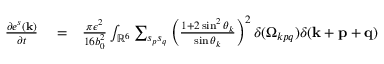
\begin{array} { r l r } { \frac { \partial e ^ { s } ( { \bf k } ) } { \partial t } } & { { } = } & { \frac { \pi \epsilon ^ { 2 } } { 1 6 b _ { 0 } ^ { 2 } } \int _ { { \mathbb { R } } ^ { 6 } } \sum _ { s _ { p } s _ { q } } \left( \frac { 1 + 2 \sin ^ { 2 } \theta _ { k } } { \sin \theta _ { k } } \right) ^ { 2 } \delta ( \Omega _ { k p q } ) \delta ( { \bf k } + { \bf p } + { \bf q } ) \quad \quad } \end{array}